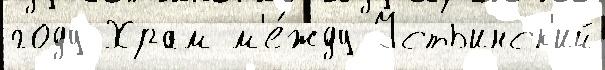
году Храм м'е́жду Устьинск'ий